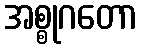
အစ္စုဂတော